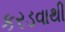
કરડવાથી